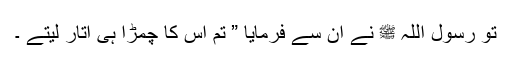
تو رسول اللہ ﷺ نے ان سے فرمایا ” تم اس کا چمڑا ہی اتار لیتے ۔